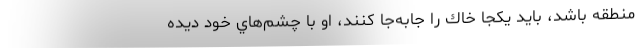
منطقه باشد، بايد يكجا خاك را جابه‌جا كنند، او با چشم‌هاي خود ديده